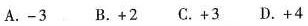
A.-3 B.+2 C.+3 D.+4